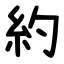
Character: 約